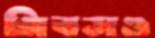
গিবসও